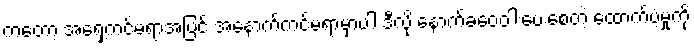
ကတော့ အရှေ့ကင်မရာအပြင် အနောက်ကင်မရာမှာပါ ဒီလို နောက်ခံဝေဝါးပေးစေတဲ့ ထောက်ပံ့မှုကို